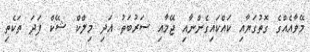
މޭވާއެއްގެ ގޮތުގަޔާއި ކައްކައިގެންނާއި ޖޭމާއި ސަރުބަތު އަދި މިލްކް ޝޭކް ފަދަ ތަކެތި